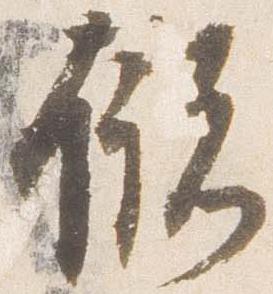
儲